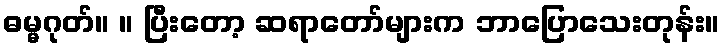
ဓမ္မဂုတ်။ ။ ပြီးတော့ ဆရာတော်များက ဘာပြောသေးတုန်း။